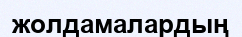
жолдамалардың